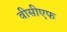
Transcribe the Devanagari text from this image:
वीसीएफ